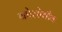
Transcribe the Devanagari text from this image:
कोलोवीय